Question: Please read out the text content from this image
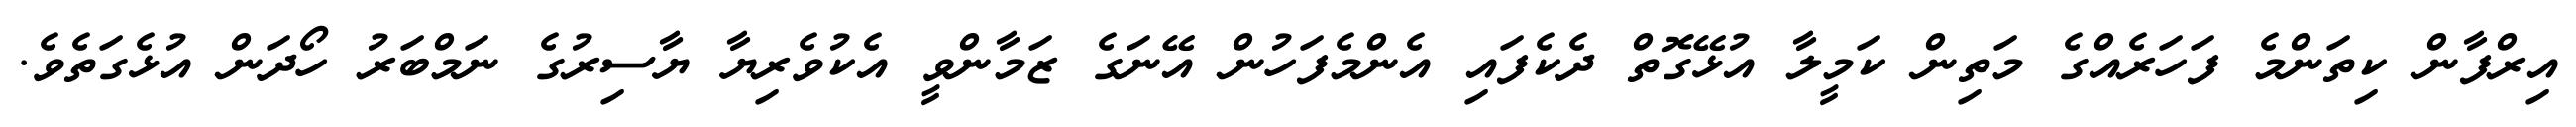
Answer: އިރްފާން ކިތަންމެ ފަހަރެއްގެ މަތިން ކަމީލާ އުޅޭގޮތް ދެކެފައި އެންމެފަހުން އޭނަގެ ޒަމާންވީ އެކުވެރިޔާ ޔާސިރުގެ ނަމްބަރު ހޯދަން އުޅެގަތެވެ.